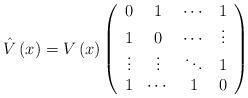
LaTeX: \begin{align*}\hat V\left( x\right) =V\left( x\right) \left(\begin{array}{cccc}0 & 1 & \cdots & 1 \\1 & 0 & \cdots & \vdots \\\vdots & \vdots & \ddots & 1 \\1 & \cdots & 1 & 0\end{array}\right)\end{align*}